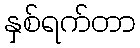
နှစ်ရက်တာ